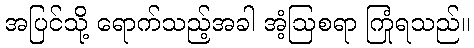
အပြင်သို့ ရောက်သည့်အခါ အံ့ဩစရာ ကြုံရသည်။